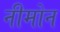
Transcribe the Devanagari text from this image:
नीमोन